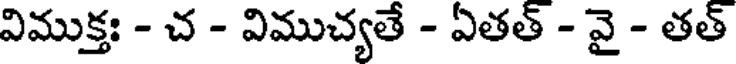
విముక్తః - చ - విముచ్యతే - ఏతత్ - వై - తత్